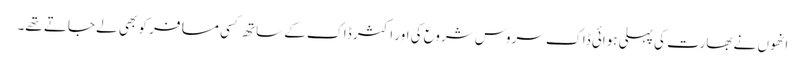
انھوں نے بھارت کی پہلی ہوائی ڈاک سروس شروع کی اور اکثر ڈاک کے ساتھ کسی مسافر کو بھی لے جاتے تھے۔